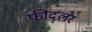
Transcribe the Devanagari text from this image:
फीद्लर